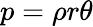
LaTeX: p=\rho r\theta